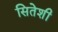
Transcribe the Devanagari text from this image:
सितेशी